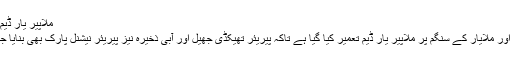
ملاپیر یار ڈیم[ترمیم]
پیلایار اور ملایار کے سنگم پر ملاپیر یار ڈیم تعمیر کیا گیا ہے تاکہ پیریئر تھیکڈی جھیل اور آبی ذخیرہ نیز پیریئر نیشنل پارک بھی بنایا جاسکے۔